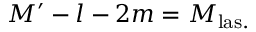
M ^ { \prime } - l - 2 m = M _ { \mathrm { l a s . } }